Lunatic asylums Madras 1892-1911 - 1892-1911
Year: 1892
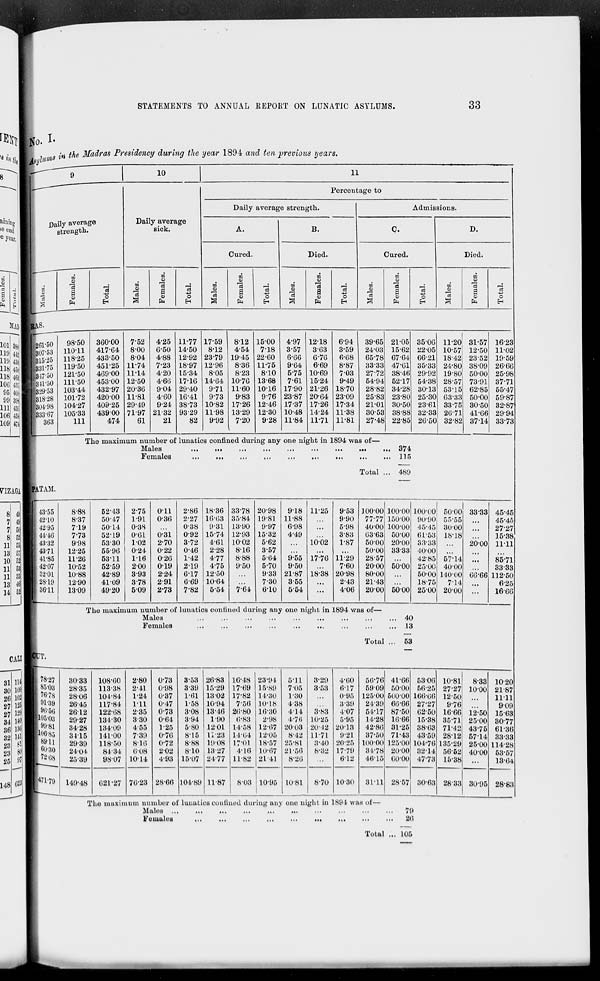
STATEMENTS TO ANNUAL REPORT ON LUNATIC ASYLUMS.
33
No.I
Asylums in the Madras Presidency during the year 1894 and ten previous years.
9
Daily average
strength.
Males.
Females.
Total.
10
Daily average
sick.
Males.
Females.
Total.
11
Percentage to
Daily average strength.
A.
Cured.
Males.
Females.
Total.
B.
Died.
Males.
Females.
Total.
Admissions.
C.
Cured.
Males.
Females.
Total.
D.
Died.
Males.
Females.
Total.
RAS.
261.50
307.53
315.25
331.75
347.50
341.50
329.53
318.28
304.98
333.67
363
98.50
110.11
118.25
119.50
121.50
111.50
103.44
101.72
104.27
105.33
111
360.00
417.64
433.50
451.25
469.00
453.00
432.97
420.00
409.25
439.00
474
7.52
8.00
8.04
11.74
11.14
12.50
20.36
11.81
29.49
71.97
61
4.25
6.50
4.88
7.23
4.20
4.66
9.04
4.60
9.24
21.32
21
11.77
14.50
12.92
18.97
15.34
17.16
29.40
16.41
38.73
93.29
82
17.59
8.12
23.79
12.96
8.05
14.64
9.71
9.73
10.82
11.98
9.92
8.12
4.54
19.45
8.36
8.23
10.76
11.60
9.83
17.26
13.29
7.20
15.00
7.18
22.60
11.75
8.10
13.68
10.16
9.76
12.46
12.30
9.28
4.97
3.57
6.66
9.64
5.75
7.61
17.90
23.87
17.37
10.48
11.84
12.18
3.63
6.76
6.69
10.69
15.24
21.26
20.64
17.26
14.24
11.71
6.94
3.59
6.68
8.87
7.03
9.49
18.70
23.09
17.34
11.38
11.81
39.65
24.03
65.78
33.33
27.72
54.94
28.82
25.83
21.01
30.53
27.48
21.05
15.62
67.64
47.61
38.46
52.17
34.28
23.80
30.50
38.88
22.85
The maximum number of lunatics confined during any one night in 1894 was of—
Males
...
...
...
...
...
...
...
...
...
...
...
Females
...
...
...
...
...
...
...
...
...
...
...
Total ...
374
115
489
35.06
22.05
66.21
35.33
29.92
54.38
30.13
25.30
23.61
32.33
26.50
11.20
10.57
18.42
24.80
19.80
28.57
53.15
63.33
33.75
26.71
32.82
31.57
12.50
23.52
38.09
50.00
73.91
62.85
50.00
30.50
41.66
37.14
16.23
11.02
19.59
26.66
25.98
37.71
55.47
59.87
32.87
29.94
33.73
PATAM.
43.55
42.10
42.95
44.46
43.32
43.71
41.85
42.07
32.01
28.19
36.11
8.88
8.37
7.19
7.73
9.98
12.25
11.26
10.52
10.88
12.90
13.09
52.43
50.47
50.14
52.19
53.30
55.96
53.11
52.59
42.89
41.09
49.20
2.75
1.91
0.38
0.61
1.02
0.24
1.16
2.00
3.93
3.78
5.09
0.11
0.36
...
0.31
2.70
0.22
0.26
0.19
2.24
2.91
2.73
2.86
2.27
0.38
0.92
3.72
0.46
1.42
2.19
6.17
6.69
7.82
18.36
16.63
9.31
15.74
4.61
2.28
4.77
4.75
12.50
10.64
5.54
33.78
35.84
13.90
12.93
10.02
8.16
8.88
9.50
...
...
7.64
20.98
19.81
9.97
15.32
5.62
3.57
5.64
5.70
9.33
7.30
6.10
9.18
11.88
6.98
4.49
...
...
9.55
9.50
21.87
3.55
5.54
11.25
...
...
...
10.02
...
17.76
...
18.38
...
...
9.53
9.90
5.98
3.83
1.87
...
11.29
7.60
20.98
2.43
4.06
100.00
77.77
40.00
63.63
50.00
50.00
28.57
20.00
80.00
21.43
20.00
100.00
150.00
100.00
50.00
20.00
33.33
...
50.00
...
...
50.00
The maximum number of lunatics confined during any one night in 1894 was of—
Males ... ... ... ... ... ... ... ... ... ... ...
Females ... ... ... ... ... ... ... ... ... ... ...
Total ...
40
13
53
100.00
90.90
45.45
61.53
33.33
40.00
42.85
25.00
50.00
18.75
25.00
50.00
55.55
30.00
18.18
...
...
57.14
40.00
140.00
7.14
20.00
33.33
...
...
...
20.00
...
...
...
66.66
...
...
45.45
45.45
27.27
15.38
11.11
...
85.71
33.33
112.50
6.25
16.66
CUT.
78.27
85.03
76.78
91.39
96.56
105.03
99.81
106.85
89.11
60.30
72.68
71.79
30.33
28.35
28.06
26.45
26.12
29.27
34.28
34.15
29.39
24.04
25.39
149.48
108.60
113.38
101.84
117.84
122.68
134.30
134.09
141.00
118.50
84.34
98.07
621.27
2.80
2.41
1.24
1.11
2.35
3.30
4.55
7.39
8.16
6.08
10.14
76.23
0.73
0.98
0.37
0.47
0.73
0.64
1.25
0.76
0.72
2.02
4.93
28.66
3.53
3.39
1.61
1.58
3.08
3.94
5.80
8.15
8.88
8.10
15.07
104.89
26.83
15.29
13.02
10.94
13.46
1.90
12.01
11.23
19.08
13.27
24.77
11.87
16.48
17.69
17.82
7.56
26.80
6.83
14.58
14.64
17.01
4.16
11.82
8.03
23.94
15.89
14.30
10.18
16.30
2.98
12.67
12.05
18.57
10.67
21.41
10.95
5.11
7.05
1.30
4.38
4.14
4.76
20.03
8.42
25.8l
21.56
8.26
10.81
3.29
3.53
...
...
3.83
10.25
20.42
11.71
3.40
8.32
...
8.70
4.60
6.17
0.95
3.39
4.07
5.95
20.13
9.21
20.25
17.79
6.12
10.30
56.76
59.09
125.00
24.39
54.17
14.28
42.86
37.50
100.00
34.78
46.15
31.11
41.66
50.00
500.00
66.66
87.50
16.66
31.25
71.43
125.00
20.00
60.00
28.57
The maximum number of lunatics confined during any one night in 1894 was of—
Males ... ... ... ... ... ... ... ... ... ... ...
Females
...
...
...
...
...
...
...
...
...
...
...
Total ...
79
26
105
53.06
56.25
166.66
27.27
62.50
15.38
38.63
43.59
104.76
32.14
47.73
30.63
10.81
27.27
12.50
9.76
16.66
35.71
71.42
28.12
135.29
56.62
15.38
28.33
8.33
10.00
...
...
12.50
25.00
43.76
57.14
25.00
40.00
...
30.95
10.20
21.87
11.11
9.09
15.63
30.77
61.36
33.33
114.28
53.57
13.64
28.83